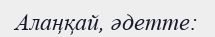
Алаңқай, әдетте: